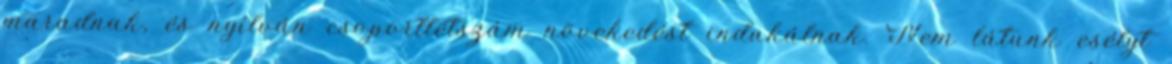
maradnak, és nyílván csoportlétszám növekedést indukálnak. Nem látunk esélyt